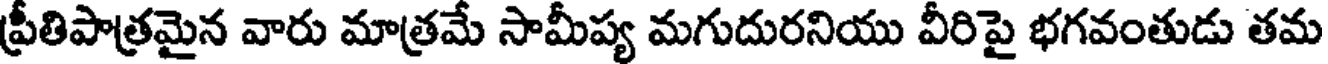
ప్రీతిపాత్రమైన వారు మాత్రమే సామీప్య మగుదురనియు వీరిపై భగవంతుడు తమ